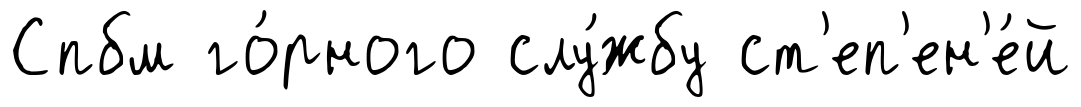
Спбм го́рного слу́жбу ст'еп'ен'е́й